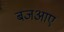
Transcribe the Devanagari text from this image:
बजआए